Annual report on the Civil Veterinary Department, Burma (including the Insein Veterinary School) - 1910-1922
Year: 1910
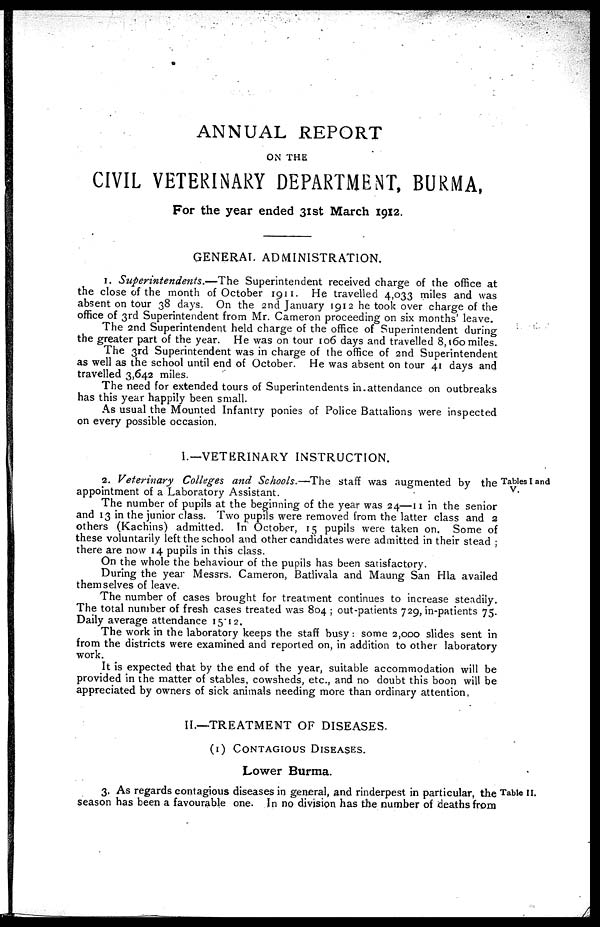
ANNUAL REPORT
ON THE
CIVIL VETERINARY DEPARTMENT, BURMA,
For the year ended 31st March 1912.
GENERAL ADMINISTRATION.
1. Superintendents.—The
Superintendent received charge of the office at
the close of the month of October 1911. He travelled 4,033 miles and was
absent on tour 38 days. On the 2nd January 1912 he took over charge of the
office of 3rd Superintendent from Mr. Cameron proceeding on six months' leave.
The 2nd Superintendent held charge of the office of Superintendent during
the greater part of the year. He was on tour 106 days and travelled 8,160 miles.
The 3rd Superintendent was in charge of the office of 2nd Superintendent
as well as the school until end of October. He was absent on tour 41 days and
travelled 3,642 miles.
The need for extended tours of Superintendents in attendance on outbreaks
has this year happily been small.
As usual the Mounted Infantry ponies of Police Battalions were inspected
on every possible occasion.
1.— VETERINARY INSTRUCTION.
Tables I and
V.
2. Veterinary
Colleges and Schools.—The staff was augmented by the
appointment of a Laboratory Assistant.
The number of pupils at the beginning of the year was 24—11 in the senior
and 13 in the junior class. Two pupils were removed from the latter class and 2
others (Kachins) admitted. In October, 15 pupils were taken on. Some of
these voluntarily left the school and other candidates were admitted in their stead ;
there are now 14 pupils in this class.
On the whole the behaviour of the pupils has been satisfactory.
During the year Messrs. Cameron, Batlivala and Maung San Hla availed
themselves of leave.
The number of cases brought for treatment continues to increase steadily.
The total number of fresh cases treated was 804; out-patients 729, in-patients 75.
Daily average attendance 15.12.
The work in the laboratory keeps the staff busy: some 2,000 slides sent in
from the districts were examined and reported on, in addition to other laboratory
work.
It is expected that by the end of the year, suitable accommodation will be
provided in the matter of stables, cowsheds, etc., and no doubt this boon will be
appreciated by owners of sick animals needing more than ordinary attention,
II.—TREATMENT OF DISEASES.
(1) CONTAGIOUS DISEASES.
Lower Burma.
Table II.
3, As regards contagious diseases in general, and rinderpest in particular, the
season has been a favourable one. In no division has the number of deaths from